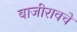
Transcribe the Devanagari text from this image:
बाजीरावचे